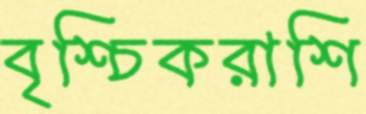
বৃশ্চিকরাশি